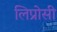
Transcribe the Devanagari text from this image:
लिप्रोसी